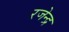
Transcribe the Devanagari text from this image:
रजेन्द्र